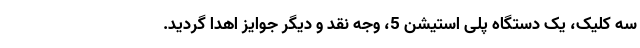
سه کلیک، یک دستگاه پلی استیشن 5، وجه نقد و دیگر جوایز اهدا گردید.